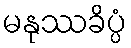
မနုဿခိပ္ပံ